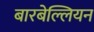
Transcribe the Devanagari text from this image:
बारबेल्लियन